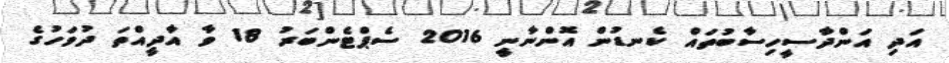
އަދި އަންދާސީހިސާބުތައް ކެނޑުން އޮންނާނީ 2016 ސެޕްޓެންބަރު 18 ވާ އާދީއްތަ ދުވަހުގެ